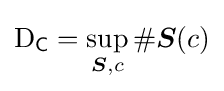
\mathrm {D} _{\mathsf {C}}=\sup _{{\boldsymbol {S}},c}\#{\boldsymbol {S}}(c)